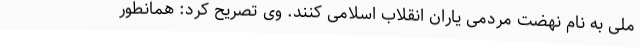
ملی به نام نهضت مردمی یاران انقلاب اسلامی کنند. وی تصریح کرد: همانطور